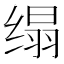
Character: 𦈖